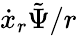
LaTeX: \dot{x}_{r}\tilde{\Psi}/r